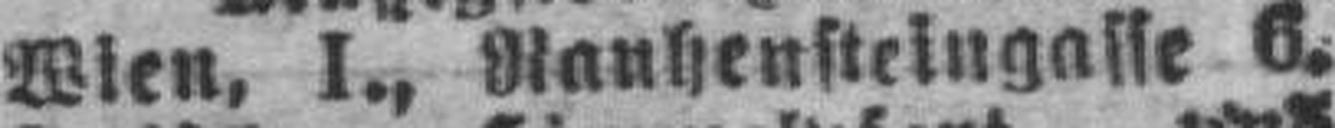
Wien, I., Rauhensteingasse 6.